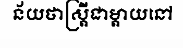
ន័យថាស្ត្រីជាម្តាយនៅ